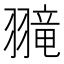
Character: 𫅮